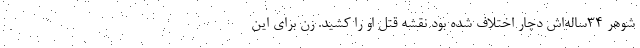
شوهر 34ساله‌اش دچار اختلاف شده بود نقشه قتل او را کشید. زن برای این